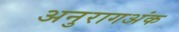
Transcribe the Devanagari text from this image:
अनुरागअंक